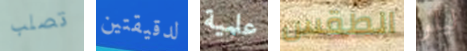
تصلب لدقيقتين علمية الطقس ليلو